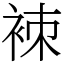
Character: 𧙞